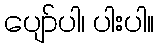
ပျော်ပါ၊ ပါးပါ။